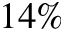
1 4 \%